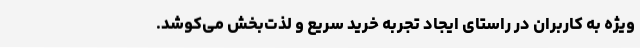
ویژه به کاربران در راستای ایجاد تجربه خرید سریع و لذت‌بخش می‌کوشد.